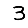
Digit: 3